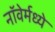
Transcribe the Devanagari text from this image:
नॉवेर्मध्ये